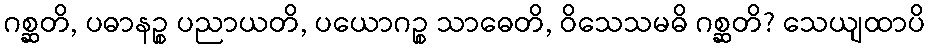
ဂစ္ဆတိ, ပဓာနဉ္စ ပညာယတိ, ပယောဂဉ္စ သာဓေတိ, ဝိသေသမဓိ ဂစ္ဆတိ? သေယျထာပိ